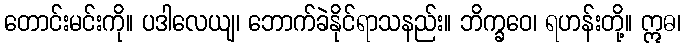
တောင်းမင်းကို။ ပဒါလေယျ၊ ဘောက်ခဲနိုင်ရာသနည်း။ ဘိက္ခဝေ၊ ရဟန်းတို့။ ဣဓ၊